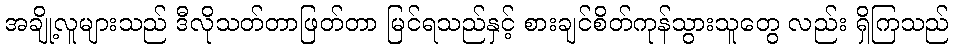
အချို့လူများသည် ဒီလိုသတ်တာဖြတ်တာ မြင်ရသည်နှင့် စားချင်စိတ်ကုန်သွားသူတွေ လည်း ရှိကြသည်